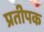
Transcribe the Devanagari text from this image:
प्रतीपक